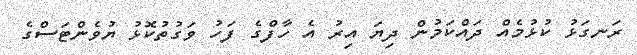
ރަނގަޅު ކުޅުމެއް ދައްކަމުން ދިޔަ އިރު އެ ހާފްގެ ފަހު ވަގުތުކޮޅު ޔުވެންޓަސްގެ